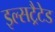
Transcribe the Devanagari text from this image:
इल्सट्रैटेड